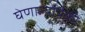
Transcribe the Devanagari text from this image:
घेणाऱ्यांपैकी